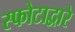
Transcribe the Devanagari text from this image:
स्फोटाद्वारे